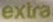
extra